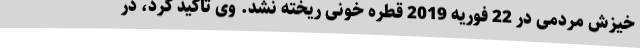
خیزش مردمی در 22 فوریه 2019 قطره خونی ریخته نشد. وی تاکید کرد، در